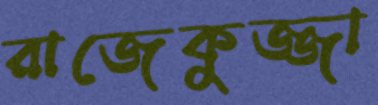
রাজেকুজ্জা